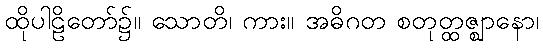
ထိုပါဠိတော်၌။ သောတိ၊ ကား။ အဓိဂတ စတုတ္ထဇ္ဈာနော၊